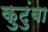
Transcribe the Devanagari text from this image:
कुटुंबा